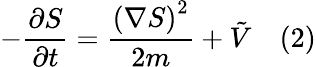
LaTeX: -{\frac{\partial S}{\partial t}}={\frac{\left(\nabla S\right)^{2}}{2m}}+{\tilde{V}}\quad(2)